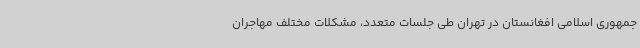
جمهوری اسلامی افغانستان در تهران طی جلسات متعدد، مشکلات مختلف مهاجران